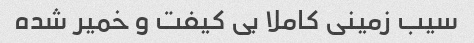
سیب زمینی کاملا بی کیفت و خمیر شده